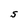
Character: S